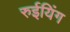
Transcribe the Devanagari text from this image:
रुईयिंग